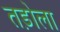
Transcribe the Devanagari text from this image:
तड़ोला